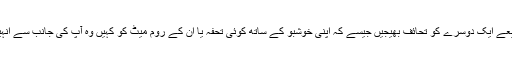
پوسٹ کے ذریعے ایک دوسرے کو تحائف بھیجیں جیسے کہ اپنی خوشبو کے ساتھ کوئی تحفہ یا ان کے روم میٹ کو کہیں وہ آپ کی جانب سے انہیں گلے لگائیں۔